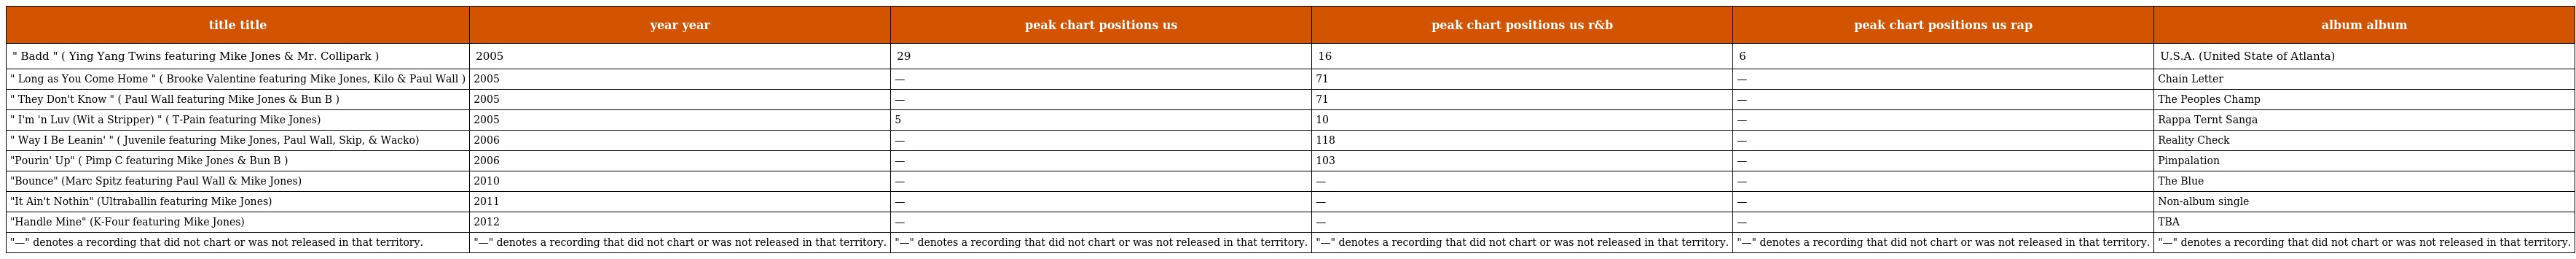
| title title | year year | peak chart positions us | peak chart positions us r&b | peak chart positions us rap | album album |
 | --- | --- | --- | --- | --- | --- |
 | " Badd " ( Ying Yang Twins featuring Mike Jones & Mr. Collipark ) | 2005 | 29 | 16 | 6 | U.S.A. (United State of Atlanta) |
 | " Long as You Come Home " ( Brooke Valentine featuring Mike Jones, Kilo & Paul Wall ) | 2005 | — | 71 | — | Chain Letter |
 | " They Don't Know " ( Paul Wall featuring Mike Jones & Bun B ) | 2005 | — | 71 | — | The Peoples Champ |
 | " I'm 'n Luv (Wit a Stripper) " ( T-Pain featuring Mike Jones) | 2005 | 5 | 10 | — | Rappa Ternt Sanga |
 | " Way I Be Leanin' " ( Juvenile featuring Mike Jones, Paul Wall, Skip, & Wacko) | 2006 | — | 118 | — | Reality Check |
 | "Pourin' Up" ( Pimp C featuring Mike Jones & Bun B ) | 2006 | — | 103 | — | Pimpalation |
 | "Bounce" (Marc Spitz featuring Paul Wall & Mike Jones) | 2010 | — | — | — | The Blue |
 | "It Ain't Nothin" (Ultraballin featuring Mike Jones) | 2011 | — | — | — | Non-album single |
 | "Handle Mine" (K-Four featuring Mike Jones) | 2012 | — | — | — | TBA |
 | "—" denotes a recording that did not chart or was not released in that territory. | "—" denotes a recording that did not chart or was not released in that territory. | "—" denotes a recording that did not chart or was not released in that territory. | "—" denotes a recording that did not chart or was not released in that territory. | "—" denotes a recording that did not chart or was not released in that territory. | "—" denotes a recording that did not chart or was not released in that territory. |